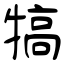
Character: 犒